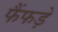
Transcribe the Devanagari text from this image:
फैंफड़े